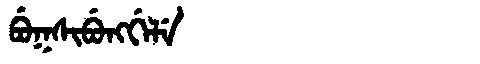
Manchu: ᠪᡠᡴᠰᡳᠪᡠᠩᡤᡝᠯᡝ
Romanization: BUKSIBUNGGELE